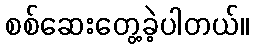
စစ်ဆေးတွေ့ခဲ့ပါတယ်။